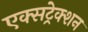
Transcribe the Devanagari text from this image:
एक्सट्रेक्शन